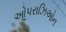
ઓપરાઝિઓન